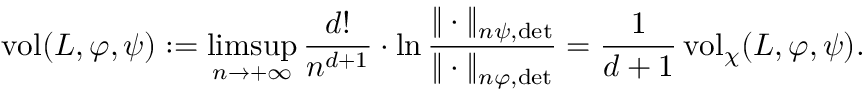
\begin{array} { r } { \operatorname { v o l } ( L , \varphi , \psi ) : = \displaystyle \operatorname* { l i m s u p } _ { n \to + \infty } \frac { d ! } { n ^ { d + 1 } } \cdot \ln \frac { \| \cdot \| _ { n \psi , \operatorname* { d e t } } } { \| \cdot \| _ { n \varphi , \operatorname* { d e t } } } = \frac { 1 } { d + 1 } \operatorname { v o l } _ { \chi } ( L , \varphi , \psi ) . } \end{array}